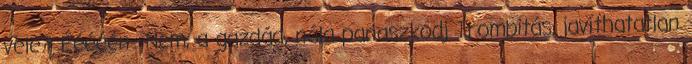
vele? Ééééén Nem, a gazdád, nála panaszkodj Trombitás, javíthatatlan